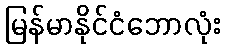
မြန်မာနိုင်ငံဘောလုံး